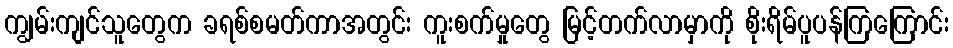
ကျွမ်းကျင်သူတွေက ခရစ်စမတ်ကာအတွင်း ကူးစက်မှုတွေ မြင့်တက်လာမှာကို စိုးရိမ်ပူပန်ကြကြောင်း